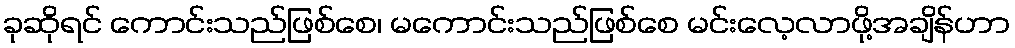
ခုဆိုရင် ကောင်းသည်ဖြစ်စေ၊ မကောင်းသည်ဖြစ်စေ မင်းလေ့လာဖို့အချိန်ဟာ